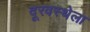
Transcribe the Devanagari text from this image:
दूरवस्थेला